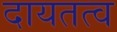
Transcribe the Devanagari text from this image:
दायतत्व